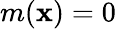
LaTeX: m(\textbf{x})=0